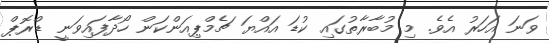
ވަނަ އަހަރު އެވެ. މި މުބާރާތުގައި ކުޑަ އައްޔަ ޗެމްޕިއަންކަން ހޯދާފައިވަނީ ޑްރޮޕް